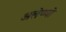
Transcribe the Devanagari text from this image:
अलेप्प्पो